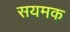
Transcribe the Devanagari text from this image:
सयमक